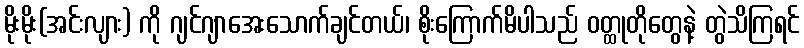
မိုးမိုး(အင်းလျား) ကို ဂျင်ဂျာအေးသောက်ချင်တယ်၊ စိုးကြောက်မိပါသည် ဝတ္ထုတိုတွေနဲ့ တွဲသိကြရင်